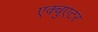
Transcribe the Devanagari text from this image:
एक्चुएटर